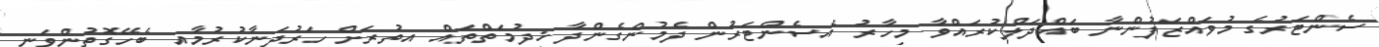
ސެންޓަރުގެ މުވައްޒަފުންނާ ބައްދަލްކުރައްވާ މިހާރު އެސެންޓަރުން ދެމުންގެންދާ ޚިދުމަތްތައް އިތުރަށް ހަރުދަނާކުރުމާއި ބެހޭގޮތުންވަނީ